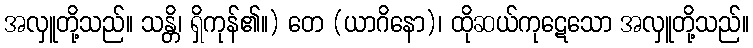
အလှူတို့သည်။ သန္တိ၊ ရှိကုန်၏။) တေ (ယာဂိနော)၊ ထိုဆယ်ကုဋေသော အလှူတို့သည်။